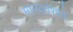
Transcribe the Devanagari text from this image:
मानववंशाचे